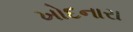
ખોદનારા